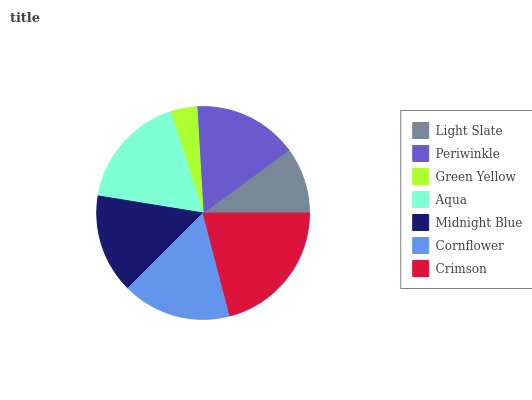
| Light Slate | Periwinkle | Green Yellow | Aqua | Midnight Blue | Cornflower | Crimson |
 | --- | --- | --- | --- | --- | --- | --- |
 | 10.1% | 15.8% | 3.99% | 17.5% | 15% | 16.5% | 21% |